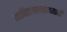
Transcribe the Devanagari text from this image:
कापिष्ठलशाखाध्यायी